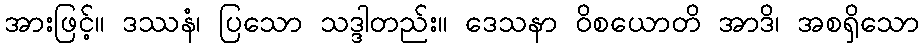
အားဖြင့်။ ဒဿနံ၊ ပြသော သဒ္ဒါတည်း။ ဒေသနာ ဝိစယောတိ အာဒိ၊ အစရှိသော